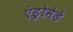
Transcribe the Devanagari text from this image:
एंड्रोमेडे